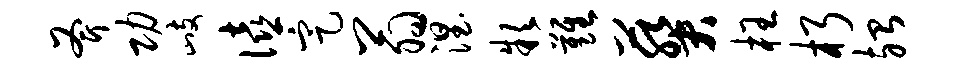
斧功歧僖定翁涅款难葵枉朽殆